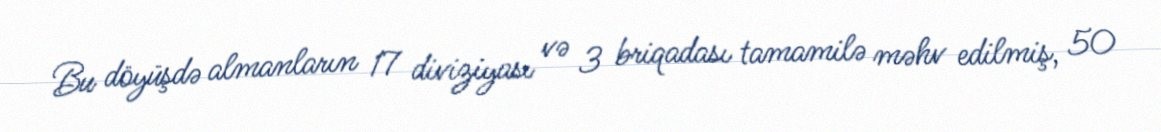
Bu döyüşdə almanların 17 diviziyası və 3 briqadası tamamilə məhv edilmiş, 50